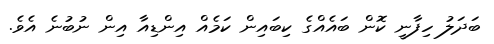
ބަދަލު ހިފާނީ ކޮން ބައެއްގެ ކިބައިން ކަމެއް އިންޑިއާ އިން ނުބުނެ އެވެ.